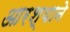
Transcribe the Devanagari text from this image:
आरश्याने